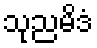
သုညမိဒံ